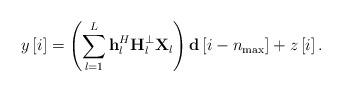
LaTeX: \begin{align*} y\left[ i \right] = \left( {\sum\limits_{l = 1}^L {{\bf{h}}_l^H{\bf{H}}_l^ \bot {\bf{X}}_l} } \right){\bf{d}}\left[ {i - {n_{\max }}} \right] + z\left[ i \right]. \end{align*}